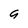
Character: 9